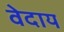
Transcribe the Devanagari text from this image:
वेदाय